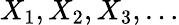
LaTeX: X_{1},X_{2},X_{3},\dots